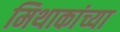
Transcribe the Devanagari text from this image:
मिथाकांच्या